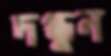
দগ্ধুন